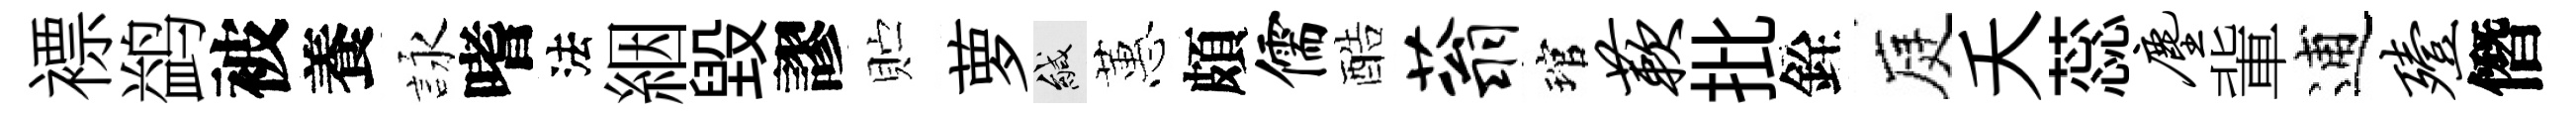
褾鹢被養詠嗜法絪毁謬贮萝緘蕙頗儒酷蓊琯蔌批銓庭夭蕊尘軰逋殪僭